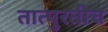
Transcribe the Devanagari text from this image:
तात्पुरतीच